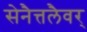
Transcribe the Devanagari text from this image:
सेनैत्तलैवर्